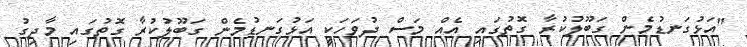
"އަޅުގަނޑުމެން ގަބޫލުކުރާ ގޮތުގައި އެއް މަސް ދުވަހަކީ އަޅުގަނޑުމެން ގަބޫލުކުރާ ގޮތުގައި މާދިގު